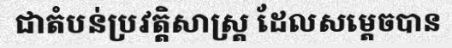
ជាតំបន់ប្រវត្តិសាស្ត្រ ដែលសម្តេចបាន